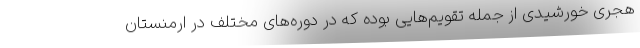
هجری خورشیدی از جمله تقویم‌هایی بوده که در دوره‌های مختلف در ارمنستان